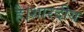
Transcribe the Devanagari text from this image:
है।शारदीय